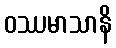
ဝဿမာသာနိ